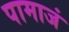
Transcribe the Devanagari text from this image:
पामाजं